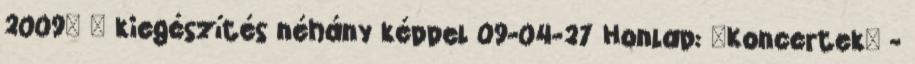
2009' » kiegészítés néhány képpel 09-04-27 Honlap: 'Koncertek' -